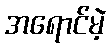
အရောင်မဲ့